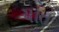
યાત